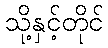
သို့နှင့်တိုင်